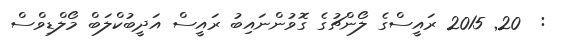
:  20